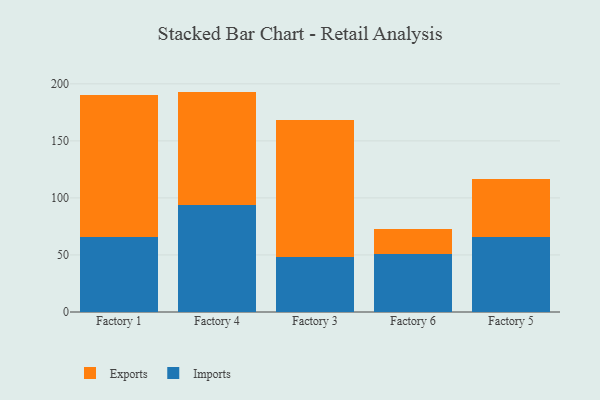
{"axis": {"x": "Factory", "y": "Bounce Rate (%)"}, "legend": ["Exports", "Imports"], "data": [{"x": "Factory 1", "y": 65.4, "type": "Imports"}, {"x": "Factory 1", "y": 125.2, "type": "Exports"}, {"x": "Factory 4", "y": 93.5, "type": "Imports"}, {"x": "Factory 4", "y": 99.7, "type": "Exports"}, {"x": "Factory 3", "y": 47.8, "type": "Imports"}, {"x": "Factory 3", "y": 120.5, "type": "Exports"}, {"x": "Factory 6", "y": 50.7, "type": "Imports"}, {"x": "Factory 6", "y": 22.4, "type": "Exports"}, {"x": "Factory 5", "y": 65.5, "type": "Imports"}, {"x": "Factory 5", "y": 50.7, "type": "Exports"}]}